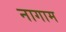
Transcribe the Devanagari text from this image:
नागाम